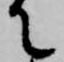
て